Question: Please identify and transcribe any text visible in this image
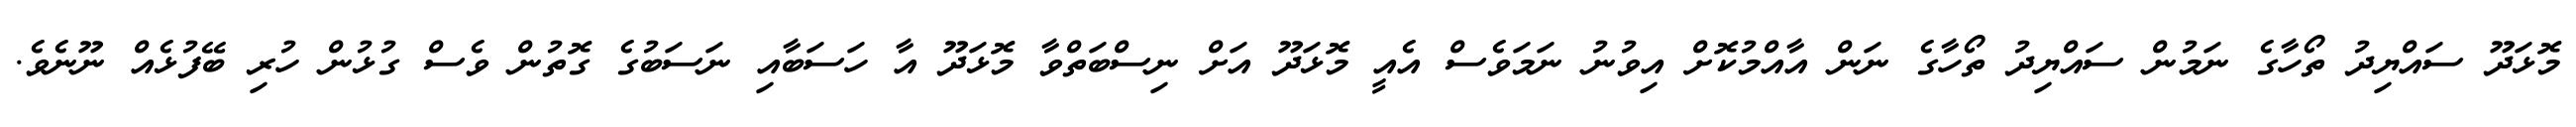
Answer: މޮޅަދޫ ސައްޔިދު ތޯހާގެ ނަމުން ސައްޔިދު ތޯހާގެ ނަން އާއްމުކޮށް އިވުނު ނަމަވެސް އެއީ މޮޅަދޫ އަށް ނިސްބަތްވާ މޮޅަދޫ އާ ހަސަބާއި ނަސަބުގެ ގޮތުން ވެސް ގުޅުން ހުރި ބޭފުޅެއް ނޫނެވެ.